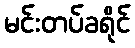
မင်းတပ်ခရိုင်